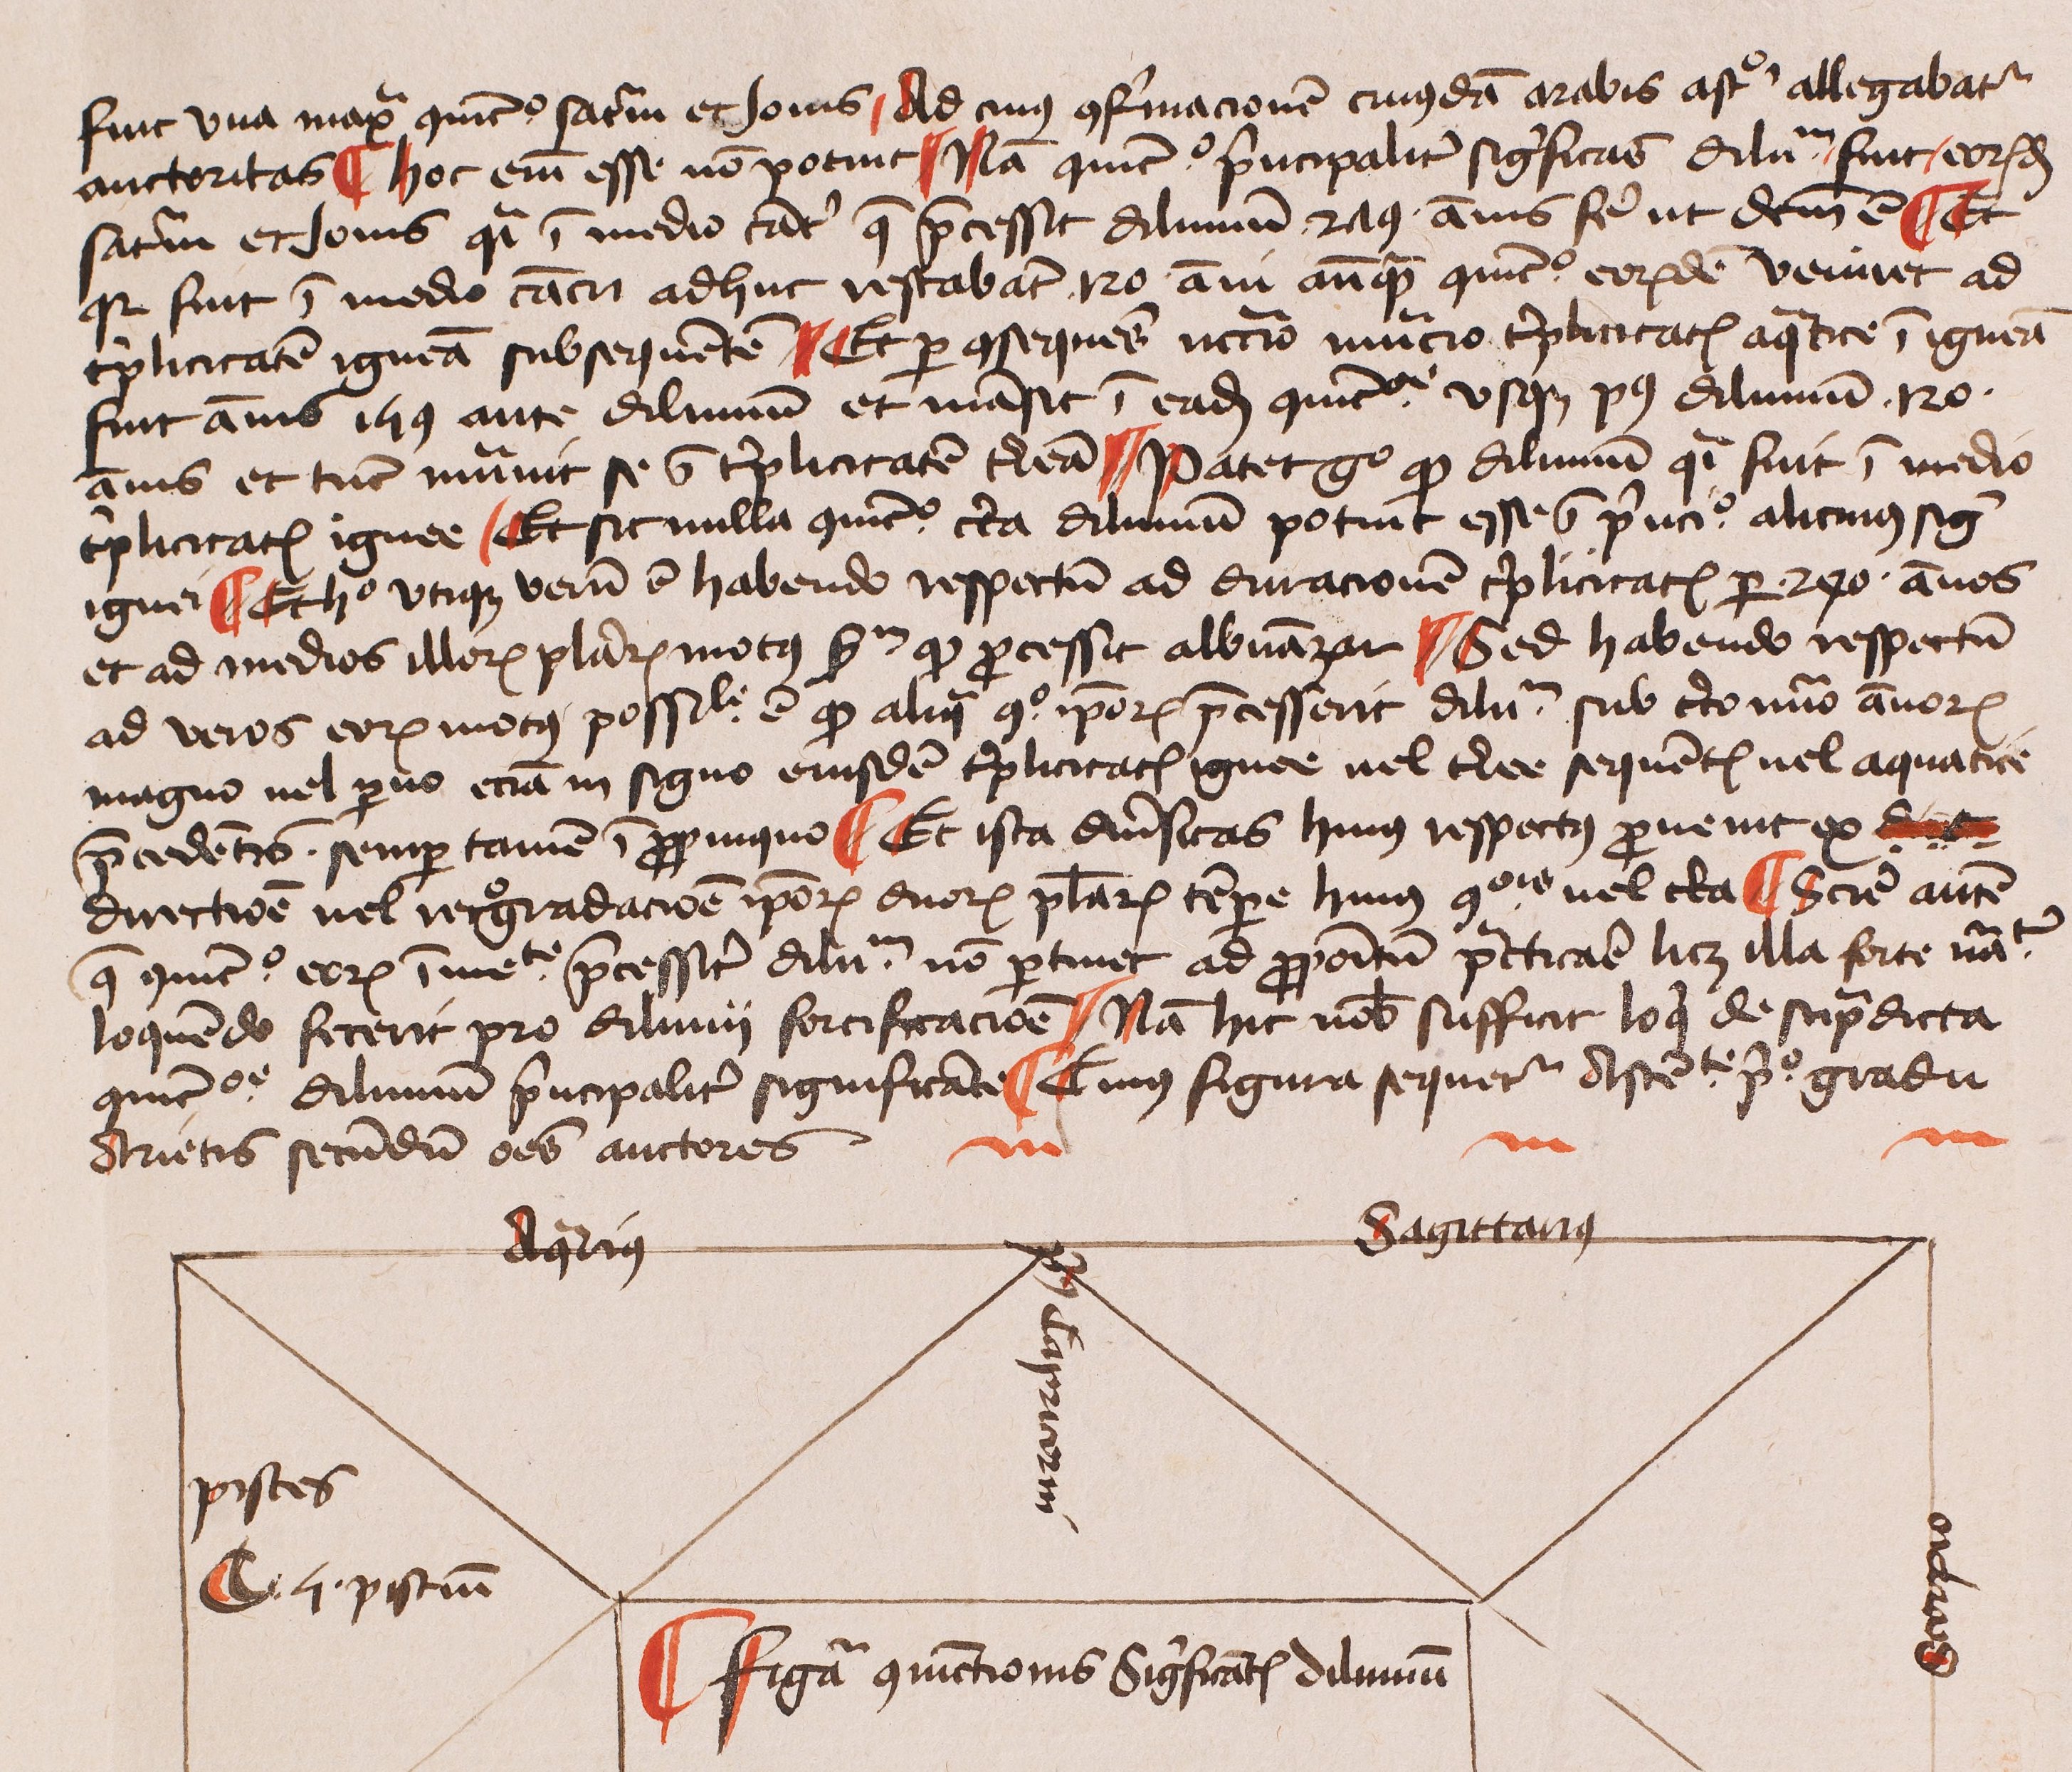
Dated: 1425–1449